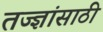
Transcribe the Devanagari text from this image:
तज्ज्ञांसाठी